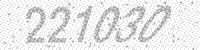
Solution: 221030